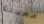
معيشة